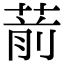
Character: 葥